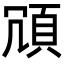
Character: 𩑜